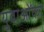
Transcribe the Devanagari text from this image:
युवाओंको